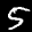
Label: 5